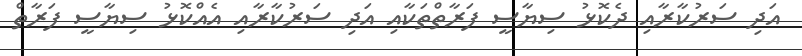
އަދި ސަރުކާރާއި ދެކޮޅު ސިޔާސީ ފަރާތްތަކާއި އަދި ސަރުކާރާއި އެއްކޮޅު ސިޔާސީ ފަރާތް